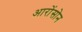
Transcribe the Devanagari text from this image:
आरोंसोन